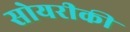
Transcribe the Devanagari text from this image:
सोयरीकी